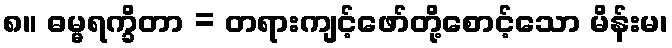
၈။ ဓမ္မရက္ခိတာ = တရားကျင့်ဖော်တို့စောင့်သော မိန်းမ၊